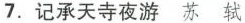
7. 记承天寺夜游 苏 轼